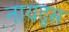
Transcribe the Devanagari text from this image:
नायद्स